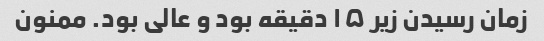
زمان رسیدن زیر ۱۵ دقیقه بود و عالی بود. ممنون